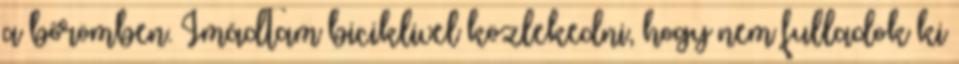
a bőrömben. Imádtam biciklivel közlekedni, hogy nem fulladok ki